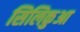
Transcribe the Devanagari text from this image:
सिलिकुआ